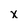
Character: x